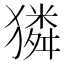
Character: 獜